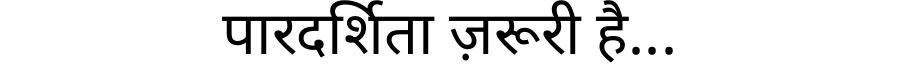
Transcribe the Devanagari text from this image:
पारदर्शिता ज़रूरी है...